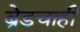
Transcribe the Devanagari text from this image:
ब्रेडचाही